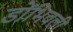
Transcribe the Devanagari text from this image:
डोंभिवली